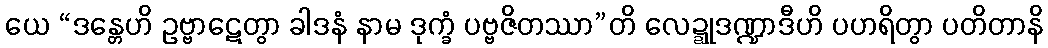
ယေ “ဒန္တေဟိ ဥဗ္ဗာဋေတွာ ခါဒနံ နာမ ဒုက္ခံ ပဗ္ဗဇိတဿာ”တိ လေဍ္ဍုဒဏ္ဍာဒီဟိ ပဟရိတွာ ပတိတာနိ